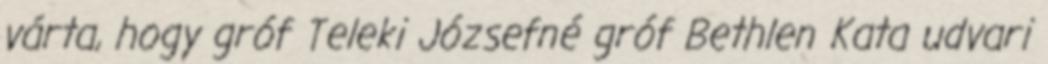
várta, hogy gróf Teleki Józsefné gróf Bethlen Kata udvari